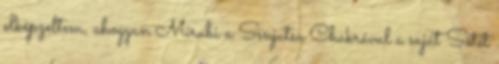
elképzeltem, ahogyan Mirubi a Senjutsu Chakrával a saját Sötét